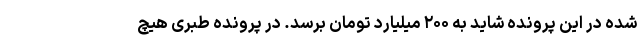
شده در این پرونده شاید به ۲۰۰ میلیارد تومان برسد. در پرونده طبری هیچ